Assam Mental Hospital (Tezpur, India) - 1933-1948
Year: 1933
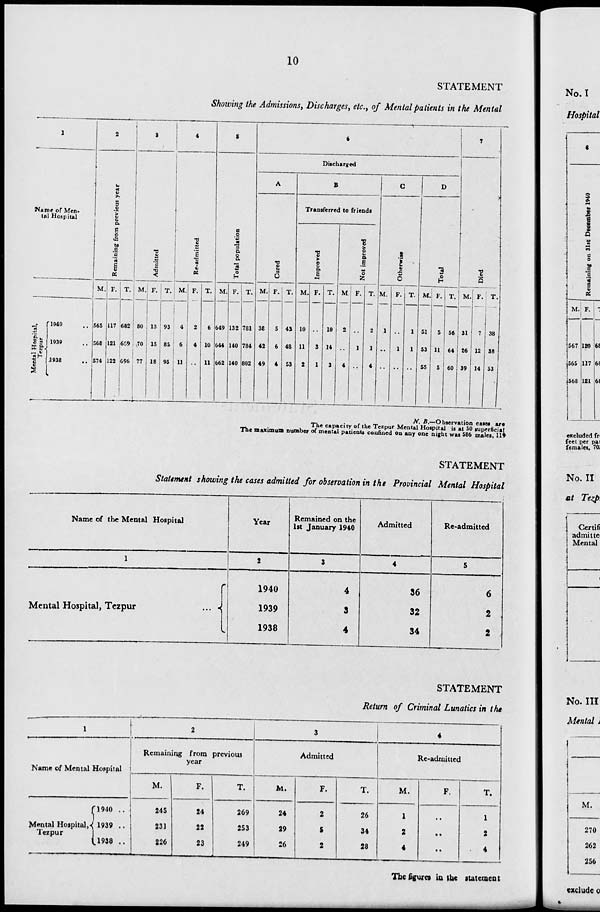
10
STATEMENT
Showing the Admissions, Discharges, etc., of Mental patients in the Mental
1
Name of Men-
tal Hospital
Mental Hospital-
Tezpur
1940 ..
1939 ..
1938 ..
2
Remaining from previous year
M.
565
568
574
F.
117
121
122
T.
682
689
696
3
Admitted
M.
80
70
77
F.
13
15
18
T.
93
85
95
4
Re-admitted
M.
4
6
11
F.
2
4
..
T.
6
10
11
5
Total population
M.
649
644
662
F.
132
140
140
T.
781
784
802
6
Discharged
A
Cured
M.
38
42
49
F.
5
6
4
T.
43
48
53
B
Transferred to friends
Improved
M.
10
11
2
F.
..
3
1
T.
10
14
3
Not improved
M.
2
..
4
F.
..
1
..
T.
2
1
4
C
Otherwise
M.
1
..
..
F.
..
1
..
T.
1
1
..
D
Total
M.
51
53
55
F.
5
11
5
T.
56
64
60
7
Died
M.
31
26
39
F.
7
12
14
T.
38
38
53
N. B.—Observation cases are
The capacity of the Tezpur Mental Hospital is at 50 superficial
The maximum number of mental patients confined on any one night was 586 males, 119
STATEMENT
Statement showing the cases admitted for observation in the Provincial Mental Hospital
Name of the Mental Hospital
1
Mental Hospital, Tezpur
...
Year
2
1940
1939
1938
Remained on the
1st January 1940
3
4
3
4
Admitted
4
36
32
34
Re-admitted
5
6
2
2
STATEMENT
Return of Criminal Lunatics in the
1
Name of Mental Hospital
Mental Hospital,
Tezpur
1940 ..
1939 ..
1938 ..
2
Remaining from previous
year.
M.
245
231
226
F.
24
22
23
T.
269
253
249
3
Admitted
M.
24
29
26
F.
2
5
2
T.
26
34
28
4
Re-admitted
M.
1
2
4
F.
..
..
..
T.
1
2
4
The figures in the statement